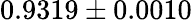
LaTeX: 0.9319\pm 0.0010